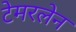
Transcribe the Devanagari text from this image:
टेमरलेन